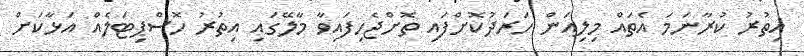
އިތުރު ކުރާނަމަ އެތައް މިލިއަން ހަރަދުކޮށްފައި ތޮށްޖެހިފައިވާ މާލޭގައި އިތުރު ހޮސްޕިޓަލެއް އަޅާކަށް